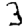
Digit: 3